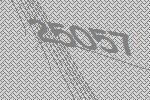
25057